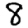
Digit: 8